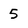
Character: 5